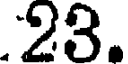
23.